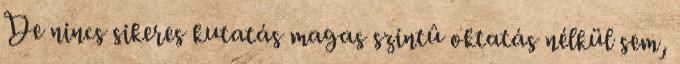
De nincs sikeres kutatás magas szintû oktatás nélkül sem,